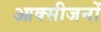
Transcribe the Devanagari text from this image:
आक्सीजनों